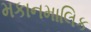
મકાનમાલિક